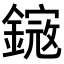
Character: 𨫕